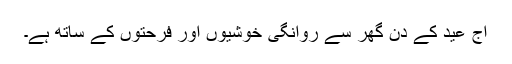
آج عید کے دن گھر سے روانگی خوشیوں اور فرحتوں کے ساتھ ہے۔